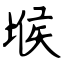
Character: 堠